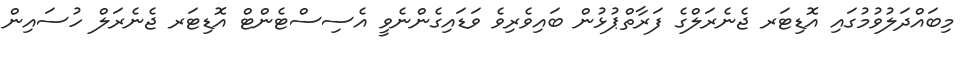
މިބައްދަލުވުމުގައި އޮޑިޓަރ ޖެނެރަލްގެ ފަރާތްޕުޅުން ބައިވެރިވެ ވަޑައިގެންނެވީ އެސިސްޓެންޓް އޮޑިޓަރ ޖެނެރަލް ހުސައިން